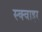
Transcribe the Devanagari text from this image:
स्क्वाइर